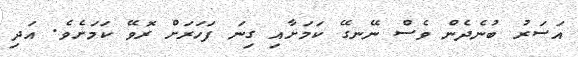
އަސަރު ބުނެދެން ވެސް ނޭނގޭ ކަމަށާއި ގިނަ ފަހަރަށް ރޮވޭ ކަމަށެވެ. އަދި